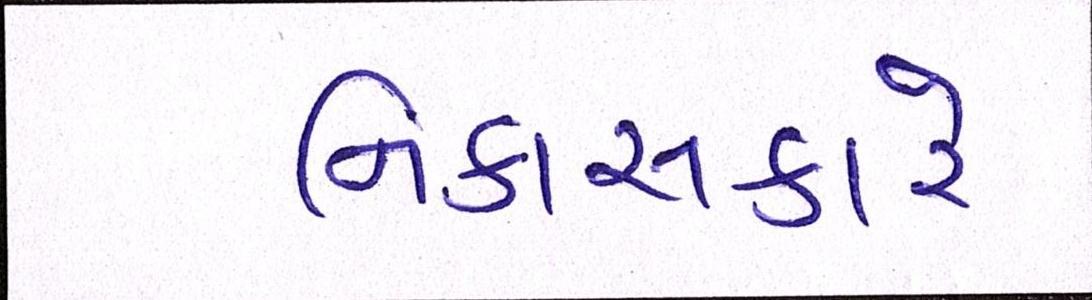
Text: નિકાસકારે